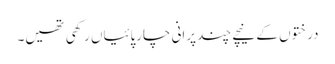
درختوں کے نیچے چند پرانی چارپائیاں رکھی تھیں۔